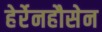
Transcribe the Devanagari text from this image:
हेर्रेनहौसेन